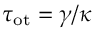
\tau _ { \mathrm { o t } } = \gamma / \kappa